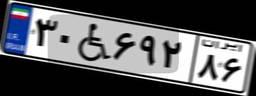
۴۹W۷۷۵۹۶